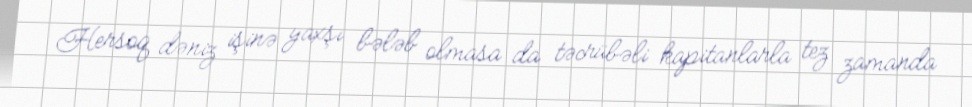
Hersoq dəniz işinə yaxşı bələb olmasa da təcrübəli kapitanlarla tez zamanda